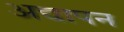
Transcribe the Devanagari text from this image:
अद्यापन